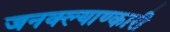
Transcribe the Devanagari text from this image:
जनक्ल्याण्कारी